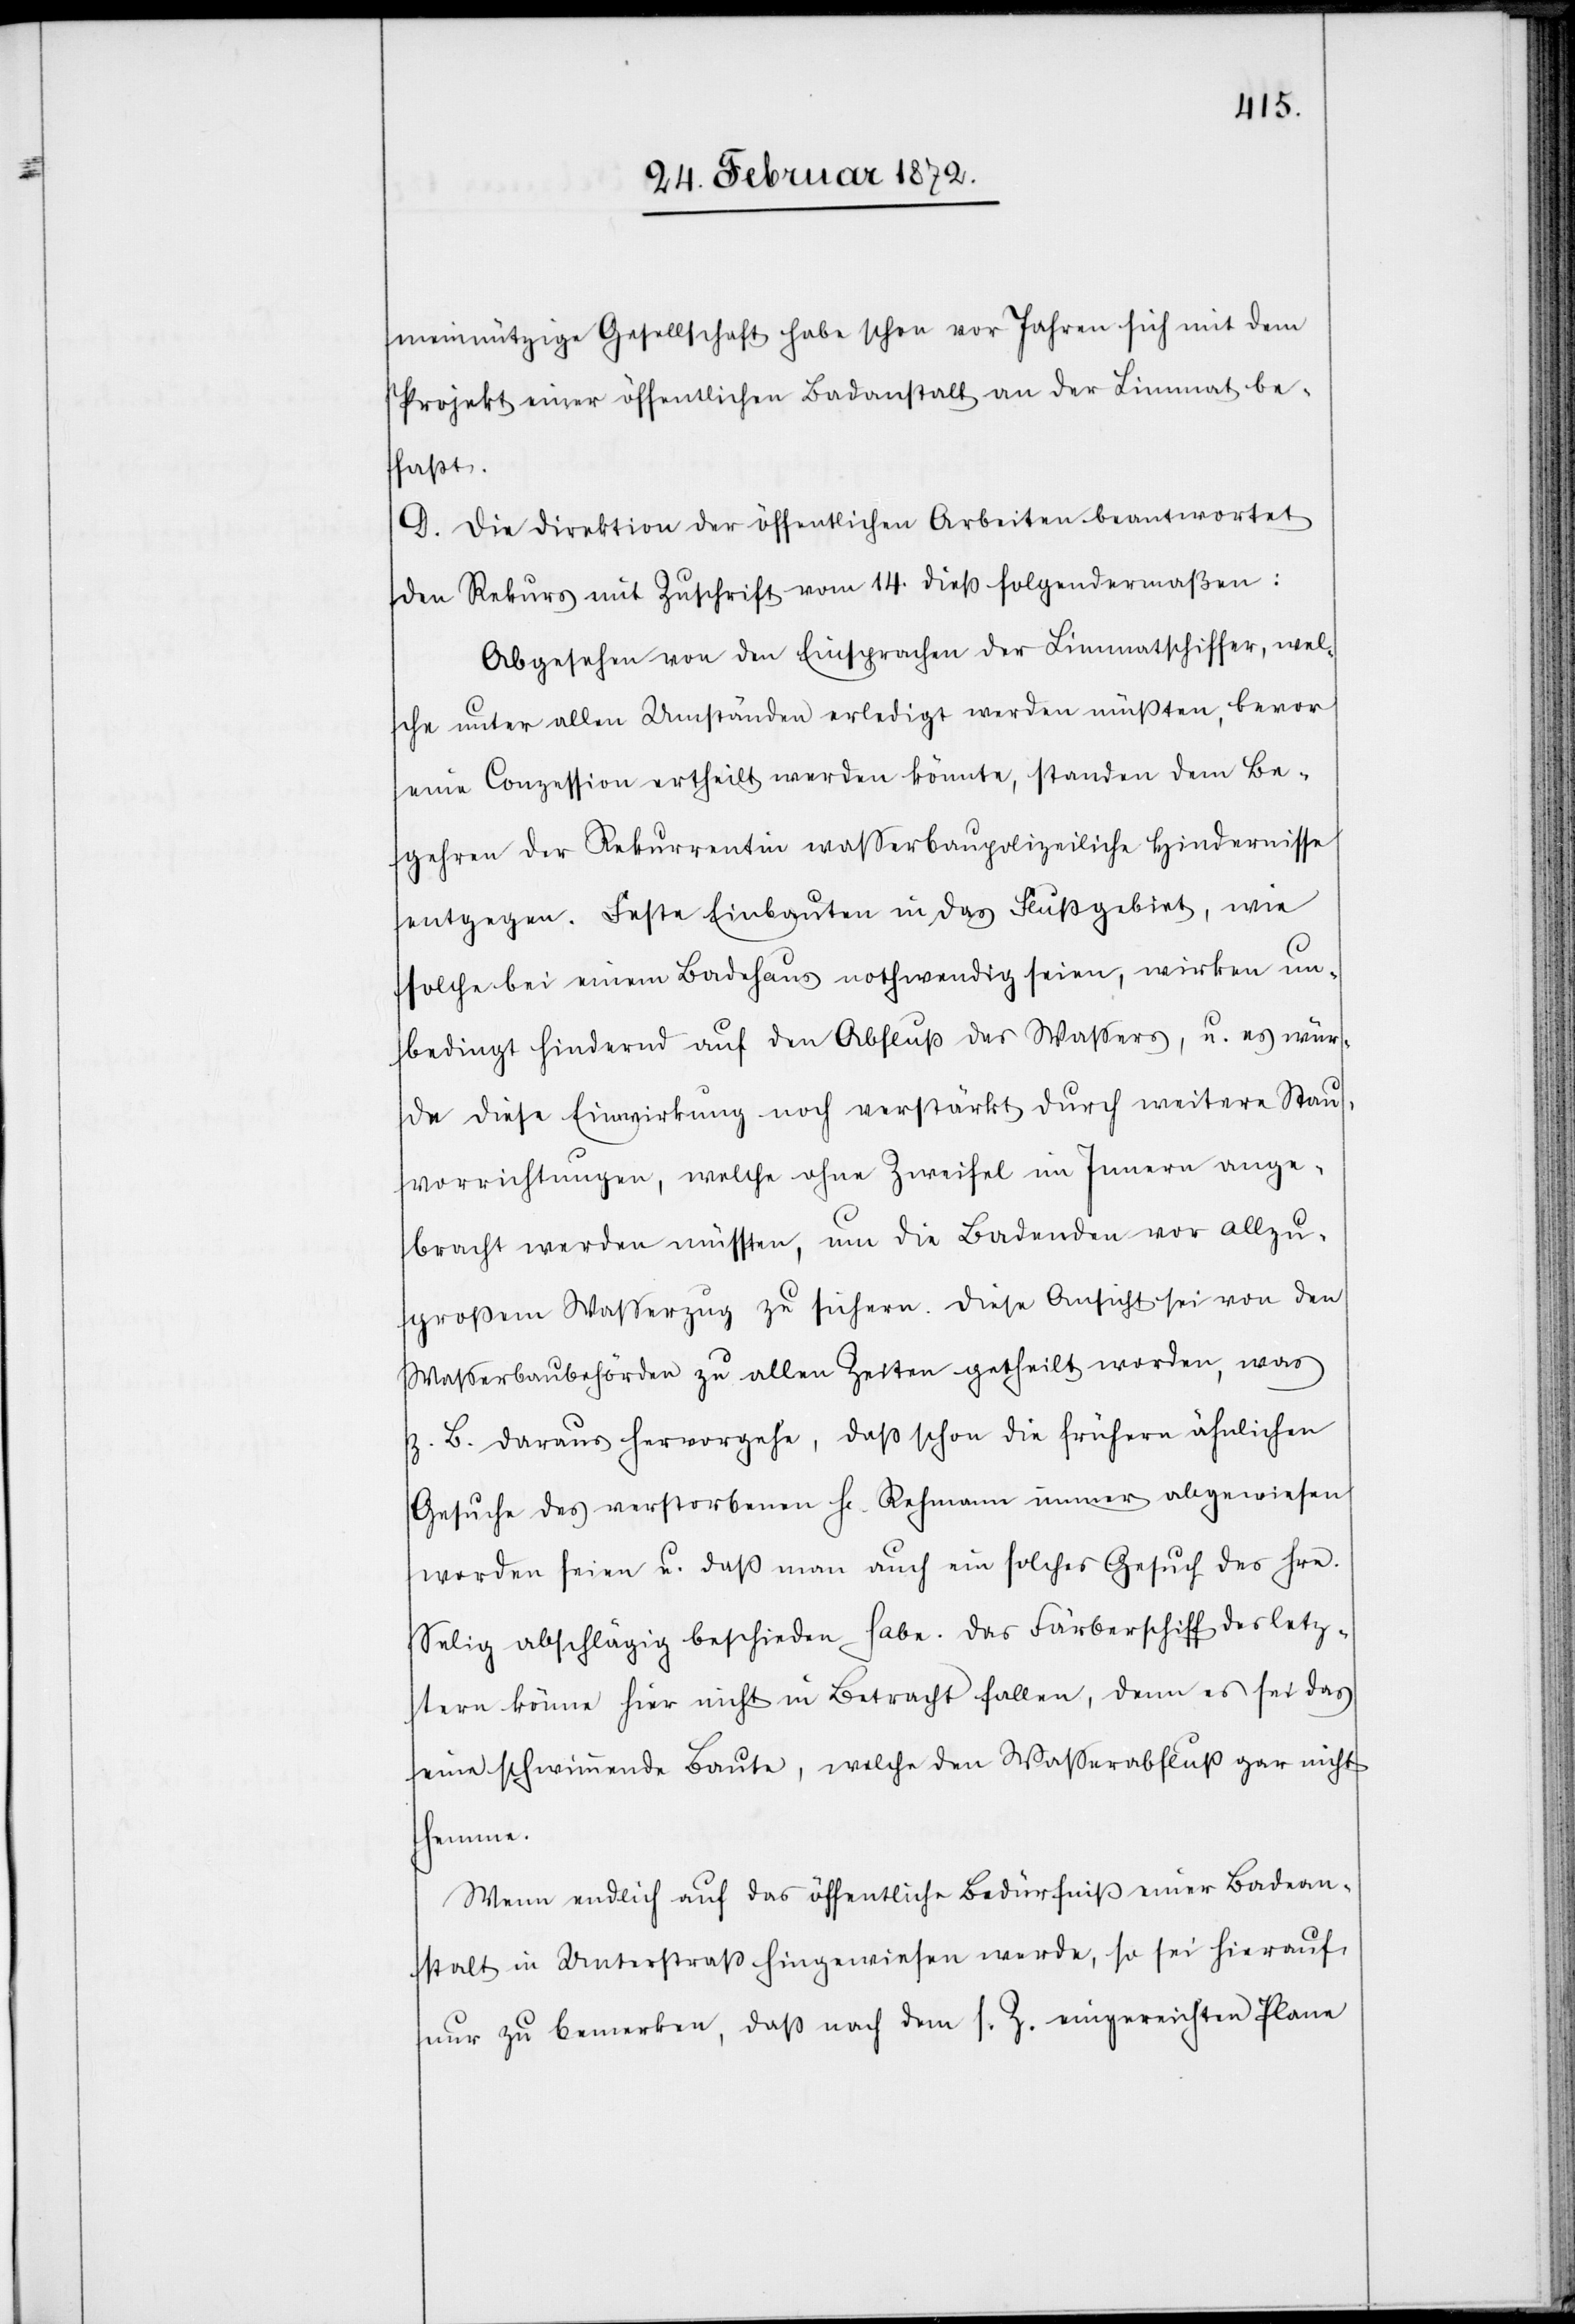
meinnützige Gesellschaft habe schon vor Jahren sich mit dem
Projekt einer öffentlichen Badeanstalt an der Limmat be¬
faßt.
D. Die Direktion der öffentlichen Arbeiten beantwortet
den Rekurs mit Zuschrift vom 14. dieß folgendermaßen:
Abgesehen von den Einsprachen der Limmatschiffer, wel¬
che unter allen Umständen erledigt werden müßten, bevor
eine Conzession ertheilt werden könnte, standen dem Be¬
gehren der Rekurrentin wasserbaupolizeiliche Hindernisse
entgegen. Feste Einbauten in das Flußgebiet, wie
solche bei einem Badehaus nothwendig seien, wirken un¬
bedingt hindernd auf den Abfluß des Wassers, u. es wür¬
de diese Einwirkung noch verstärkt durch weitere Stau¬
vorrichtungen, welche ohne Zweifel im Innern ange¬
bracht werden müssen, um die Badenden vor allzu¬
großem Wasserzug zu sichern. Diese Ansicht sei von den
Wasserbaubehörden zu allen Zeiten getheilt worden, was
z. B. daraus hervorgehe, daß schon die frühern ähnlichen
Gesuche des verstorbenen Hr. Rehmann immer abgewiesen
worden seien u. daß man auch ein solches Gesuch des Hrn.
Selig abschlägig beschieden habe. Das Färberschiff des letz¬
tern könne hier nicht in Betracht fallen, denn es sei das
eine schwimmende Baute, welche den Wasserabfluß gar nicht
hemme.
Wenn endlich auf das öffentliche Bedürfniß einer Badean¬
stalt in Unterstraß hingewiesen werde, so sei hierauf
nur zu bemerken, daß nach dem s. Z. eingereichten Plane